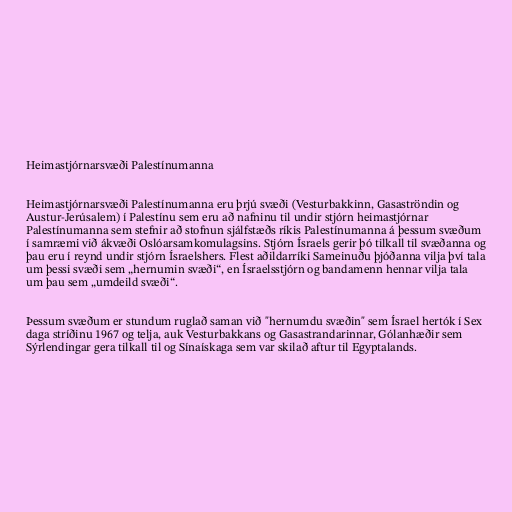
Heimastjórnarsvæði Palestínumanna

Heimastjórnarsvæði Palestínumanna eru þrjú svæði (Vesturbakkinn, Gasaströndin og
Austur-Jerúsalem) í Palestínu sem eru að nafninu til undir stjórn heimastjórnar
Palestínumanna sem stefnir að stofnun sjálfstæðs ríkis Palestínumanna á þessum svæðum
í samræmi við ákvæði Oslóarsamkomulagsins. Stjórn Ísraels gerir þó tilkall til svæðanna og
þau eru í reynd undir stjórn Ísraelshers. Flest aðildarríki Sameinuðu þjóðanna vilja því tala
um þessi svæði sem „hernumin svæði“, en Ísraelsstjórn og bandamenn hennar vilja tala
um þau sem „umdeild svæði“.

Þessum svæðum er stundum ruglað saman við "hernumdu svæðin" sem Ísrael hertók í Sex
daga stríðinu 1967 og telja, auk Vesturbakkans og Gasastrandarinnar, Gólanhæðir sem
Sýrlendingar gera tilkall til og Sínaískaga sem var skilað aftur til Egyptalands.